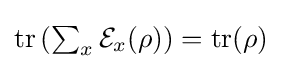
{\textstyle \operatorname {tr} \left(\sum _{x}{\mathcal {E}}_{x}(\rho )\right)=\operatorname {tr} (\rho )}